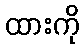
ထားကို